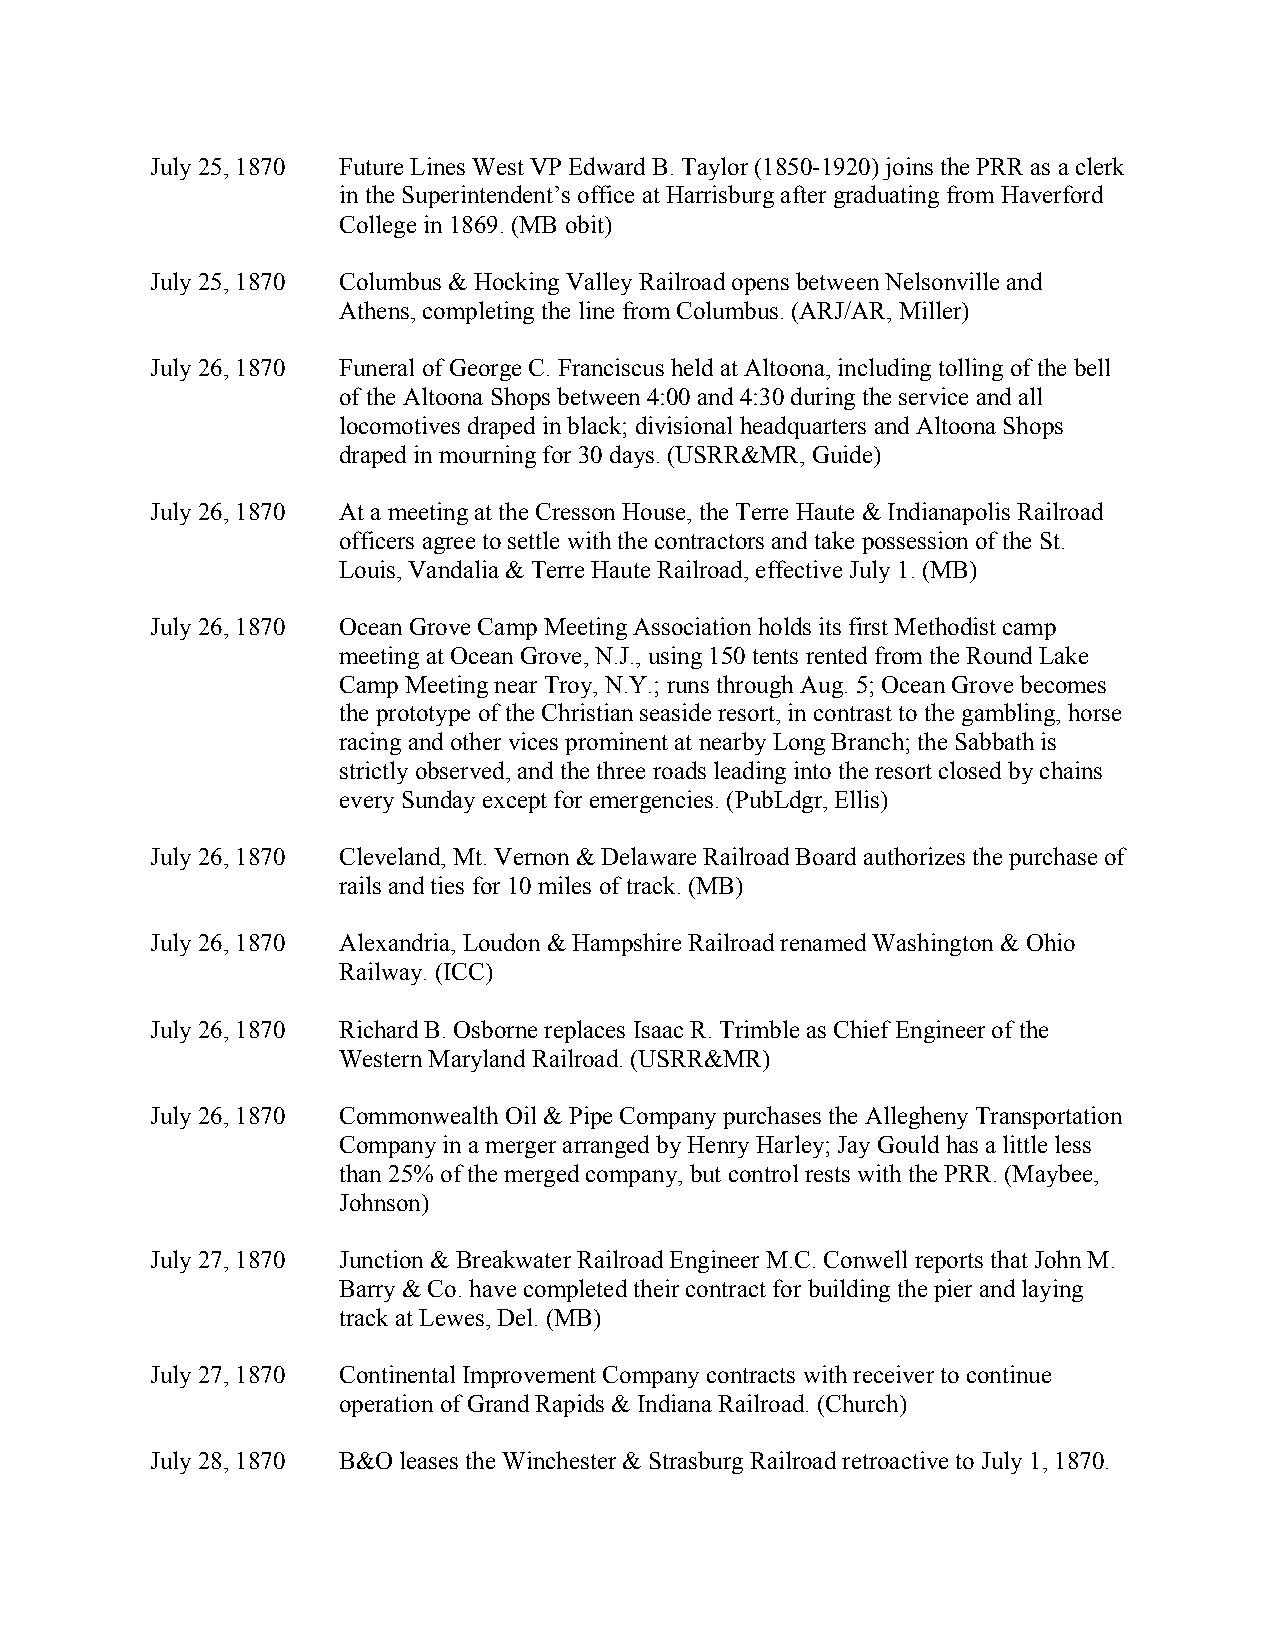
July 25, 1870 Future Lines West VP Edward B. Taylor (1850-1920) joins the PRR as a clerk
 in the Superintendent’s office at Harrisburg after graduating from Haverford
 College in 1869. (MB obit)
 July 25, 1870 Columbus & Hocking Valley Railroad opens between Nelsonville and
 Athens, completing the line from Columbus. (ARJ/AR, Miller)
 July 26, 1870 Funeral of George C. Franciscus held at Altoona, including tolling of the bell
 of the Altoona Shops between 4:00 and 4:30 during the service and all
 locomotives draped in black; divisional headquarters and Altoona Shops
 draped in mourning for 30 days. (USRR&MR, Guide)
 July 26, 1870 At a meeting at the Cresson House, the Terre Haute & Indianapolis Railroad
 officers agree to settle with the contractors and take possession of the St.
 Louis, Vandalia & Terre Haute Railroad, effective July 1. (MB)
 July 26, 1870 Ocean Grove Camp Meeting Association holds its first Methodist camp
 meeting at Ocean Grove, N.J., using 150 tents rented from the Round Lake
 Camp Meeting near Troy, N.Y.; runs through Aug. 5; Ocean Grove becomes
 the prototype of the Christian seaside resort, in contrast to the gambling, horse
 racing and other vices prominent at nearby Long Branch; the Sabbath is
 strictly observed, and the three roads leading into the resort closed by chains
 every Sunday except for emergencies. (PubLdgr, Ellis)
 July 26, 1870 Cleveland, Mt. Vernon & Delaware Railroad Board authorizes the purchase of
 rails and ties for 10 miles of track. (MB)
 July 26, 1870 Alexandria, Loudon & Hampshire Railroad renamed Washington & Ohio
 Railway. (ICC)
 July 26, 1870 Richard B. Osborne replaces Isaac R. Trimble as Chief Engineer of the
 Western Maryland Railroad. (USRR&MR)
 July 26, 1870 Commonwealth Oil & Pipe Company purchases the Allegheny Transportation
 Company in a merger arranged by Henry Harley; Jay Gould has a little less
 than 25% of the merged company, but control rests with the PRR. (Maybee,
 Johnson)
 July 27, 1870 Junction & Breakwater Railroad Engineer M.C. Conwell reports that John M.
 Barry & Co. have completed their contract for building the pier and laying
 track at Lewes, Del. (MB)
 July 27, 1870 Continental Improvement Company contracts with receiver to continue
 operation of Grand Rapids & Indiana Railroad. (Church)
 July 28, 1870 B&O leases the Winchester & Strasburg Railroad retroactive to July 1, 1870.